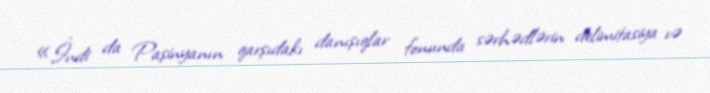
«İndi da Paşinyanın qarşıdakı danışıqlar fonunda sərhədlərin delimitasiya və